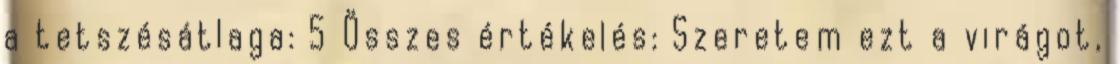
a tetszésátlaga: 5 Összes értékelés: Szeretem ezt a virágot,